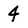
Character: 4